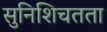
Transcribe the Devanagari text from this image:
सुनिशिचतता